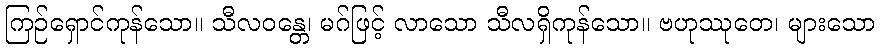
ကြဉ်ရှောင်ကုန်သော။ သီလဝန္တေ၊ မဂ်ဖြင့် လာသော သီလရှိကုန်သော။ ဗဟုဿုတေ၊ များသော